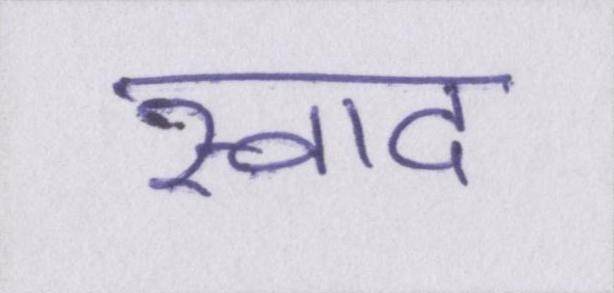
स्वाद